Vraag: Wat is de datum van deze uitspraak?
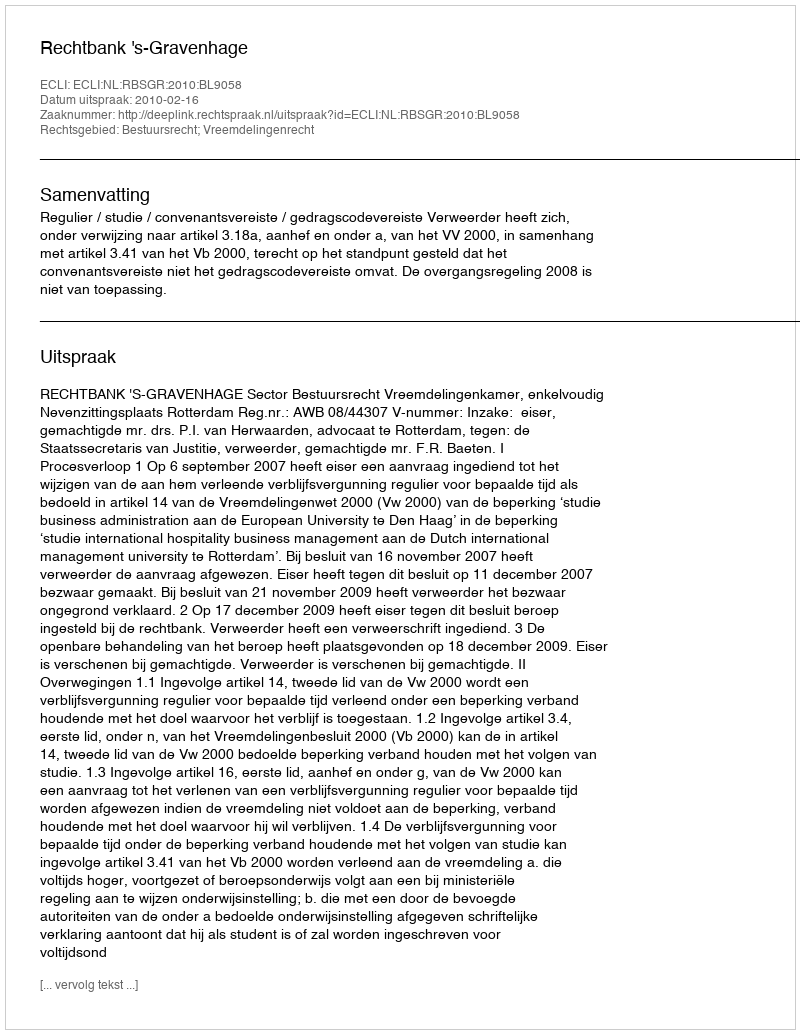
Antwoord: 2010-02-16